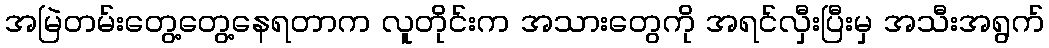
အမြဲတမ်းတွေ့တွေ့နေရတာက လူတိုင်းက အသားတွေကို အရင်လှီးပြီးမှ အသီးအရွက်